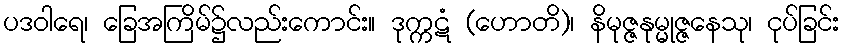
ပဒဝါရေ၊ ခြေအကြိမ်၌လည်းကောင်း။ ဒုက္ကဋံ (ဟောတိ)၊ နိမုဇ္ဇနုမ္မုဇ္ဇနေသု၊ ငုပ်ခြင်း